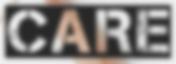
CARE